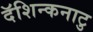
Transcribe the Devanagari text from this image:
दॅशिन्कनाटु